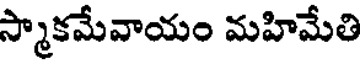
స్మాకమేవాయం మహిమేతి